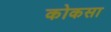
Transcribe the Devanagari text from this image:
कोकसा